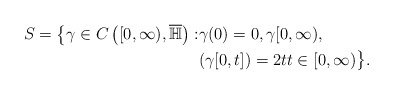
\begin{align*} S = \big\{\gamma \in C\left([0,\infty), \overline{\mathbb{H}}\right):& \gamma(0)=0, \gamma[0,\infty) ,\\ &(\gamma[0,t]) = 2t t\in [0,\infty) \big\}. \end{align*}